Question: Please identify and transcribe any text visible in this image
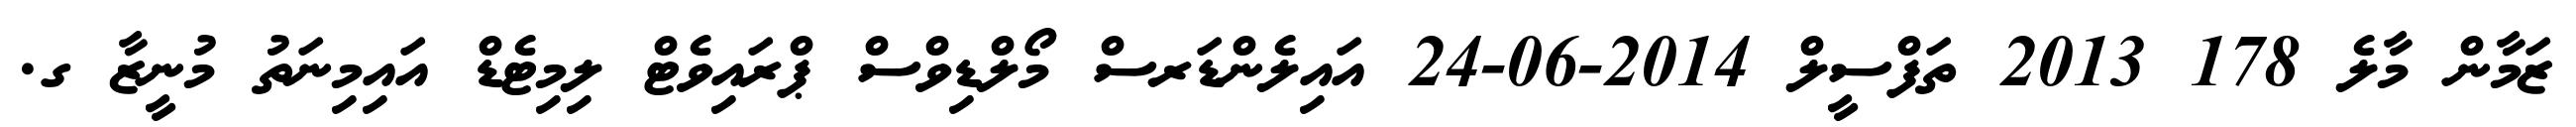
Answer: ޒަމާން މާލެ 178 2013 ތަފްސީލް 2014-06-24 އައިލެންޑަރސް މޯލްޑިވްސް ޕްރައިވެޓް ލިމިޓެޑް އައިމިނަތު މުނީޒާ ގ.